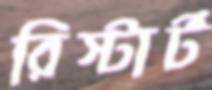
রিস্টার্ট